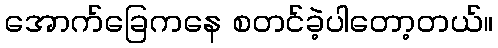
အောက်ခြေကနေ စတင်ခဲ့ပါတော့တယ်။